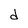
Character: d